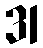
31